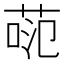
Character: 𫈕